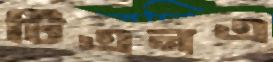
টিএনএ